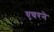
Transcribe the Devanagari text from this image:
एयरने